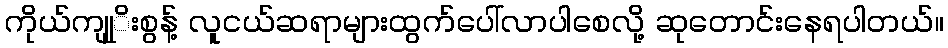
ကိုယ်ကျုုိးစွန့် လူငယ်ဆရာများထွက်ပေါ်လာပါစေလို့ ဆုတောင်းနေရပါတယ်။